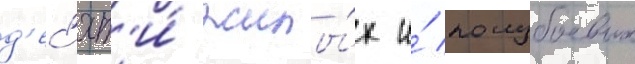
д'ес'ят'и́ жилы́х и́ полубоевых